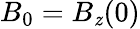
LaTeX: B_{0}=B_{\mathit{z}}(0)